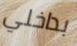
بداخلي